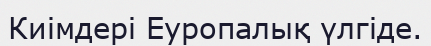
Киімдері Еуропалық үлгіде.